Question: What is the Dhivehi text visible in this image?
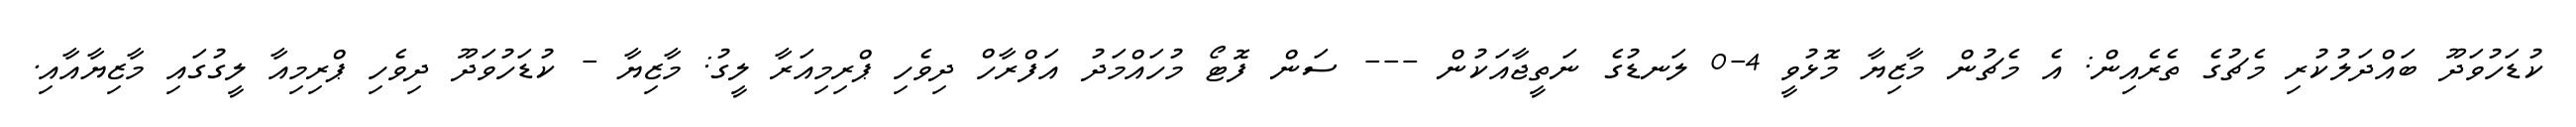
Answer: ކުޑަހުވަދޫ ބައްދަލުކުރި މެޗުގެ ތެރެއިން: އެ މެޗުން މާޒިޔާ މޮޅުވީ 4-0 ލަނޑުގެ ނަތީޖާއަކުން --- ސަން ފޮޓޯ މުހައްމަދު އަފްރާހް ދިވެހި ޕްރިމިއަރާ ލީގު: މާޒިޔާ - ކުޑަހުވަދޫ ދިވެހި ޕްރިމިއާ ލީގުގައި މާޒިޔާއާއި.